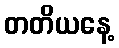
တတိယနေ့